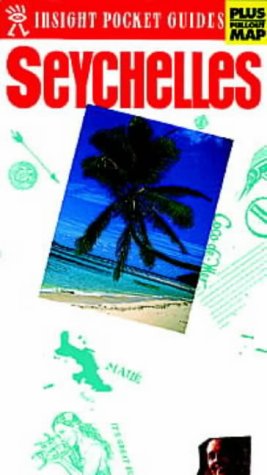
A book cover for Seychelles and Mahe Insight Pocket Guide; Travel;